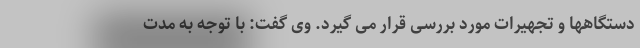
دستگاهها و تجهیرات مورد بررسی قرار می گیرد. وی گفت: با توجه به مدت